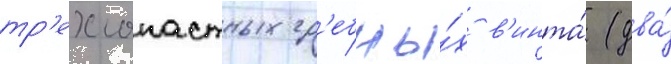
тр'ехлопастных гр'ебны́х в'инта́ (два́